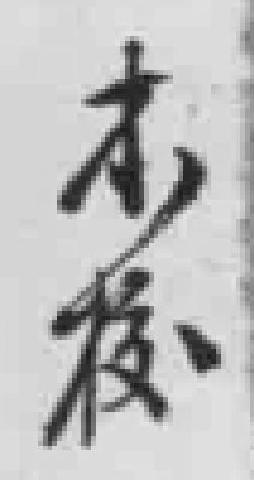
本校